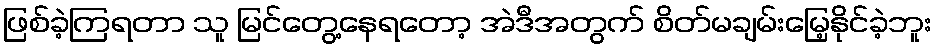
ဖြစ်ခဲ့ကြရတာ သူ မြင်တွေ့နေရတော့ အဲဒီအတွက် စိတ်မချမ်းမြေ့နိုင်ခဲ့ဘူး